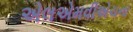
એલએમવીએચના